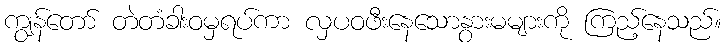
ကျွန်တော် တဲတံခါးဝမှရပ်ကာ လှပဝဖီးနေသောနွားမများကို ကြည့်နေသည်။